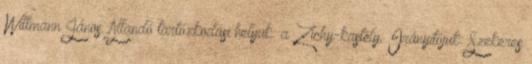
Wittmann János. Állandó tartózkodási helyük: a Zichy-kastély. Irányítójuk: Szekeres